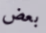
بعض